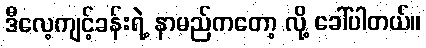
ဒီလေ့ကျင့်ခန်းရဲ့ နာမည်ကတော့ လို့ ခေါ်ပါတယ်။